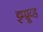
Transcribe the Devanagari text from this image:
इम्प्रूव्ड